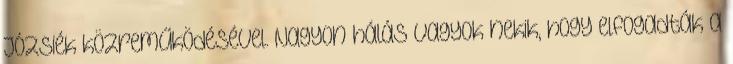
Józsiék közreműködésével. Nagyon hálás vagyok nekik, hogy elfogadták a